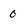
Character: 0